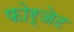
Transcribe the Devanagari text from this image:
फोर्जेट